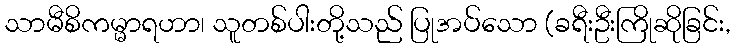
သာမီစိကမ္မာရဟာ၊ သူတစ်ပါးတို့သည် ပြုအပ်သော (ခရီးဦးကြိုဆိုခြင်း,